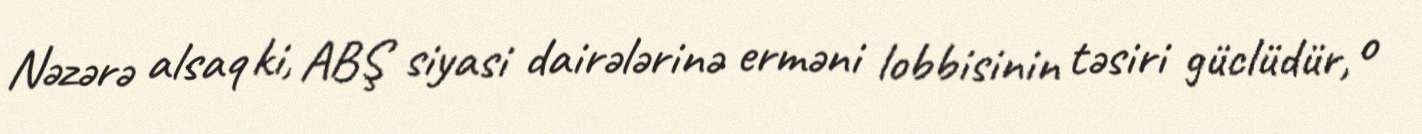
Nəzərə alsaq ki, ABŞ siyasi dairələrinə erməni lobbisinin təsiri güclüdür, o